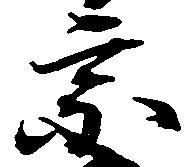
宗